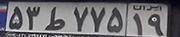
۵۳ط۷۷۵۱۹